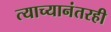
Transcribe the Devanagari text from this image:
त्याच्यानंतरही